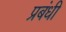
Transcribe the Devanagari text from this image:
प्रबंधी